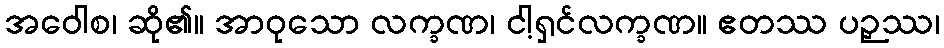
အဝေါစ၊ ဆို၏။ အာဝုသော လက္ခဏ၊ ငါ့ရှင်လက္ခဏ။ ဧတဿ ပဉှဿ၊